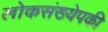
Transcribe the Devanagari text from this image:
लोकसंख्येपकी